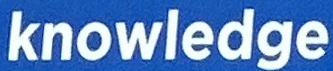
knowledge